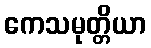
ကေသမုတ္တိယာ